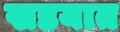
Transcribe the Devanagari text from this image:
खडयात